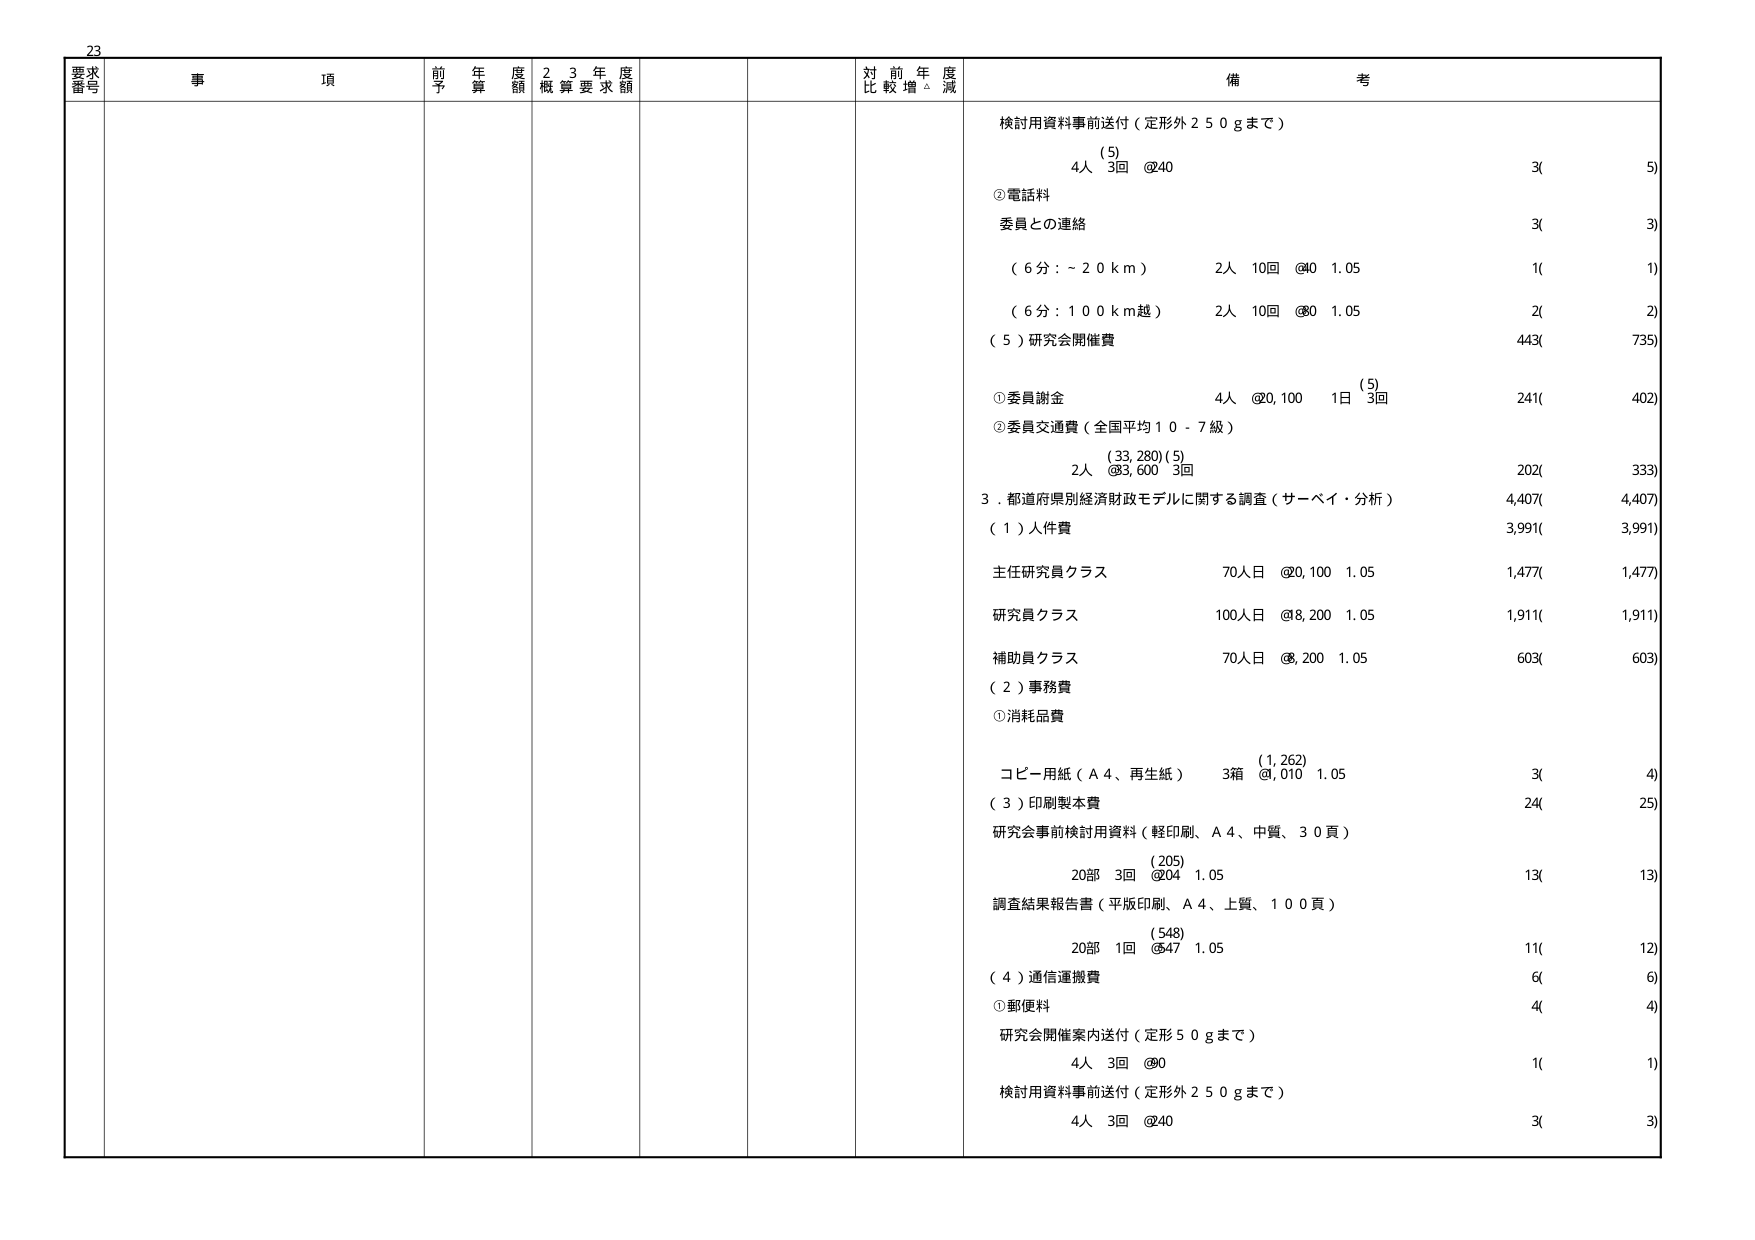
23
要求番号
事項
前年度予算額
23年度概算要求額
対前年度比較増△減
備考
検討用資料事前送付（定形外250gまで）
(5)
4人 3回 @40
3( 5)
②電話料
委員との連絡
3( 3)
（6分：～20km） 2人 10回 @40 1.05
1( 1)
（6分：100km越） 2人 10回 @80 1.05
2( 2)
（5）研究会開催費
443( 735)
①委員謝金
4人 @20,100 1日 (5) 3回
241( 402)
②委員交通費（全国平均10-7級）
(33,280)(5)
2人 @83,600 3回
202( 333)
3．都道府県別経済財政モデルに関する調査（サーベイ・分析）
4,407( 4,407)
（1）人件費
3,991( 3,991)
主任研究員クラス
70人日 @20,100 1.05
1,477( 1,477)
研究員クラス
100人日 @8,200 1.05
1,911( 1,911)
補助員クラス
70人日 @6,200 1.05
603( 603)
（2）事務費
①消耗品費
(1,262)
コピー用紙（A4、再生紙） 3箱 @4,010 1.05
3( 4)
（3）印刷製本費
24( 25)
研究会事前検討用資料（軽印刷、A4、中質、30頁）
(205)
20部 3回 @204 1.05
13( 13)
調査結果報告書（平版印刷、A4、上質、100頁）
(548)
20部 1回 @547 1.05
11( 12)
（4）通信運搬費
6( 6)
①郵便料
4( 4)
研究会開催案内送付（定形50gまで）
4人 3回 @80
1( 1)
検討用資料事前送付（定形外250gまで）
4人 3回 @40
3( 3)